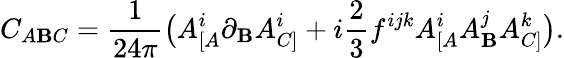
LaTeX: C_{A\mathbf{B}C}=\frac{{1}}{{24\pi}}\big(A_{[A}^{i}\partial_{\mathbf{B}}A_{C]}^{i}+i\frac{{2}}{{3}}f^{ijk}A_{[A}^{i}A_{\mathbf{B}}^{j}A_{C]}^{k}\big).